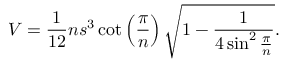
V = { \frac { 1 } { 1 2 } } n s ^ { 3 } \cot \left( { \frac { \pi } { n } } \right) { \sqrt { 1 - { \frac { 1 } { 4 \sin ^ { 2 } { \frac { \pi } { n } } } } } } .